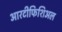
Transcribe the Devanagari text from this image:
आरटीफिशिअल